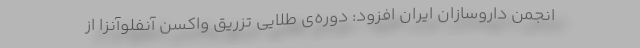
انجمن داروسازان ایران افزود: دوره‌ی طلایی تزریق واکسن آنفلوآنزا از